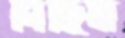
সিন্ধিয়া